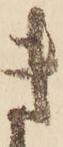
き